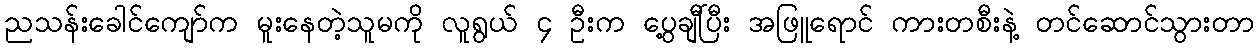
ညသန်းခေါင်ကျော်က မူးနေတဲ့သူမကို လူရွယ် ၄ ဦးက ပွေ့ချီပြီး အဖြူရောင် ကားတစီးနဲ့ တင်ဆောင်သွားတာ